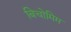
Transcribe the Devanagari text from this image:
बिचोमिम